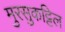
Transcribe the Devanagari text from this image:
मुरसुकट्टिल